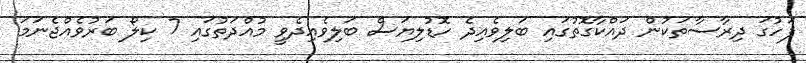
ފަހުގަ ދިރާސާތަކުން ދައްކާގޮތުގައި ބަލިވެއިދެ ހޮޑުލިޔަސް ބަލިވެއިދެވީ މުއްދަތުގައި 7 ކިލޯ ބަރުވެއްޖެނަމަ